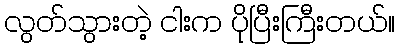
လွတ်သွားတဲ့ ငါးက ပိုပြီးကြီးတယ်။